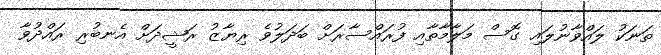
ތަނަކު ލައްވާނުލައި ގޮސް މަލާމާތާއި ފުރައްސާރަށް ބަދަލުވެ ރިޔާޒު ރަޝީދަށް އެނބުރި ރައްދުވާ